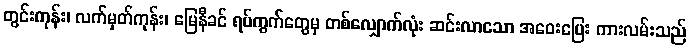
တွင်းကုန်း၊ လက်မှတ်ကုန်း၊ မြေနီခင် ရပ်ကွက်တွေမှ တစ်လျှောက်လုံး ဆင်းလာသော အဝေးပြေး ကားလမ်းသည်